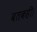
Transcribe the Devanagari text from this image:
बतकहीं।